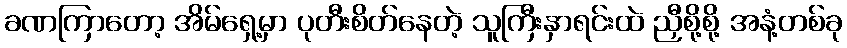
ခဏကြာတော့ အိမ်ရှေ့မှာ ပုတီးစိတ်နေတဲ့ သူကြီးနှာရင်းထဲ ညှီစို့စို့ အနံ့တစ်ခု